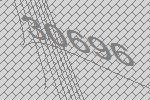
30696